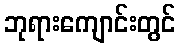
ဘုရားကျောင်းတွင်